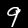
Digit: 9